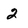
Character: 2